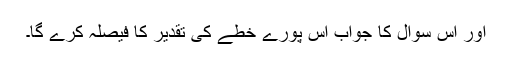
اور اس سوال کا جواب اس پورے خطے کی تقدیر کا فیصلہ کرے گا۔